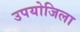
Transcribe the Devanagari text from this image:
उपयोजिला